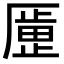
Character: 𫨞